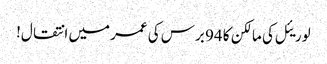
لوریئل کی مالکن کا 94 برس کی عمر میں انتقال!